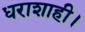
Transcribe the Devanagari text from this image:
धराशाही।